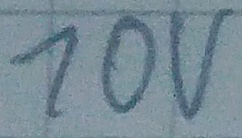
Text: 10v